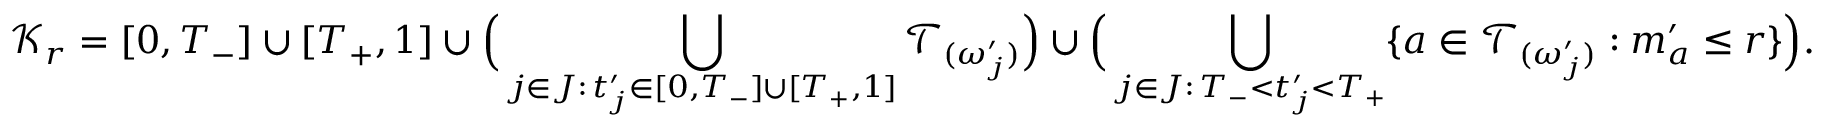
\mathcal { K } _ { r } = [ 0 , T _ { - } ] \cup [ T _ { + } , 1 ] \cup \Big ( \bigcup _ { j \in J : \, t _ { j } ^ { \prime } \in [ 0 , T _ { - } ] \cup [ T _ { + } , 1 ] } \mathcal { T } _ { ( \omega _ { j } ^ { \prime } ) } \Big ) \cup \Big ( \bigcup _ { j \in J : \, T _ { - } < t _ { j } ^ { \prime } < T _ { + } } \{ a \in \mathcal { T } _ { ( \omega _ { j } ^ { \prime } ) } : m _ { a } ^ { \prime } \leq r \} \Big ) .